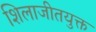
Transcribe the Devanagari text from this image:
शिलाजीतयुक्त